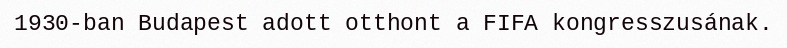
1930-ban Budapest adott otthont a FIFA kongresszusának.